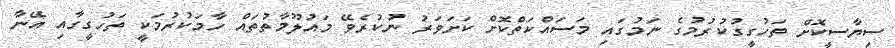
ސިޔާސީކޮށް ތަހުގީގުކުރުމުގެ ނަމުގައި މަސައްކަތްކޮށް ކަށަވަރު ނުކުރެވޭ މައުލޫމާތުތައް ހާމަކުރުމަކީ ތަހުގީގާއި އޭނާ